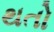
થતો